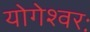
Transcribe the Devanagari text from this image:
योगेश्वरः